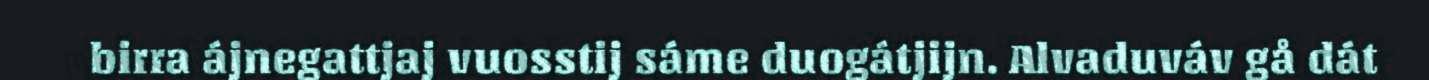
birra ájnegattjaj vuosstij sáme duogátjijn. Alvaduváv gå dát